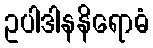
ဥပါဒါနနိရောဓံ